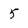
Character: 5